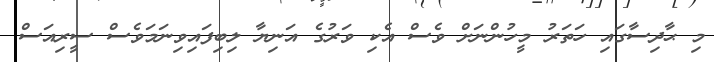
މި ޙާދިސާގައި ހަތަރު މީހުންނަށް ވެސް އެކި ވަރުގެ އަނިޔާ ލިބިފައިވިނަމަވެސް ސީރިއަސް